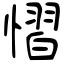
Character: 慴